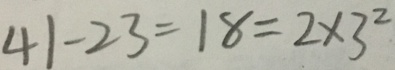
4 1 - 2 3 = 1 8 = 2 \times 3 ^ { 2 }